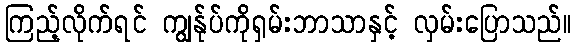
ကြည့်လိုက်ရင် ကျွန်ုပ်ကိုရှမ်းဘာသာနှင့် လှမ်းပြောသည်။